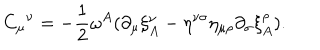
LaTeX: { C _ { \mu } } ^ { \nu } = - \frac 1 2 \omega ^ { A } ( \partial _ { \mu } \xi _ { A } ^ { \nu } - \eta ^ { \nu \sigma } \eta _ { \mu \rho } \partial _ { \sigma } \xi _ { A } ^ { \rho } ) .